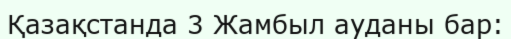
Қазақстанда 3 Жамбыл ауданы бар: